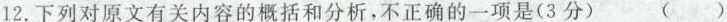
12.下列对原文有关内容的概括和分析，不正确的一项是(3分) ( )